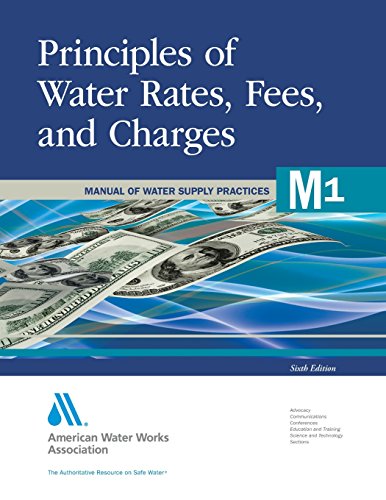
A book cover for Principles of Water Rates, Fees and Charges (M1): AWWA Manual of Practice (Manual of Water Supply Practices); American Water Works Association; Business & Money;